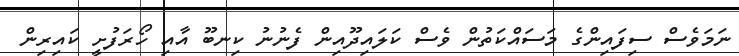
ނަމަވެސް ސިފައިންގެ މަސައްކަތުން ވެސް ކަލައިދޫއިން ފެނުނު ކިނބޫ އާއި ހޯރަފުށީ ކައިރިން